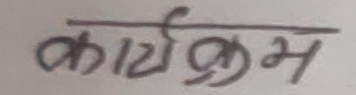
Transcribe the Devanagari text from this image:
कार्यक्रम